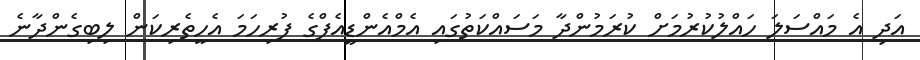
އަދި އެ މައްސަލަ ހައްލުކުރުމަށް ކުރަމުންދާ މަސައްކަތުގައި އެމްއެންޑީއެފްގެ ފުރިހަމަ އެހީތެރިކަން ލިބިގެންދާނެ